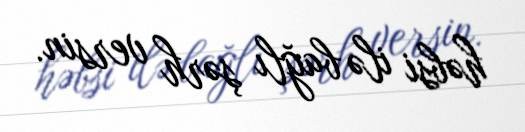
həbsi ilə bağlı şərh versin.